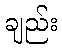
ချည်း